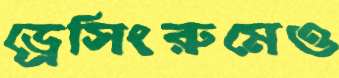
ড্রেসিংরুমেও